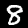
Label: 8